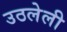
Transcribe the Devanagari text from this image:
उठलेली